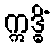
ဣဒ္ဓိံ